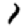
Digit: 1